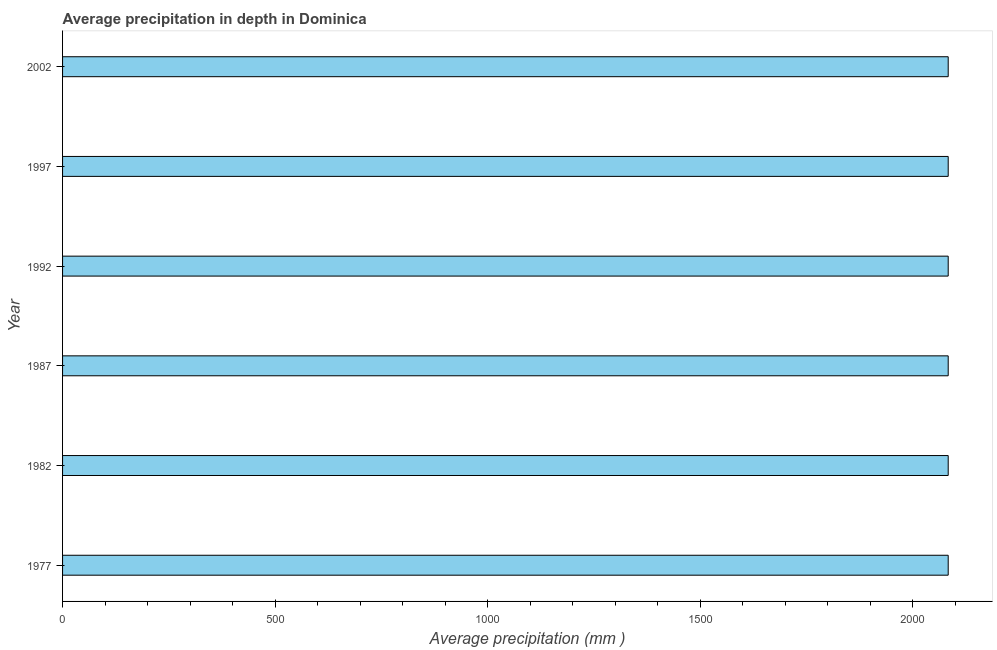
| Year | Average precipitation in depth |
 | --- | --- |
 | 1977 | 2.08e+03 |
 | 1982 | 2.08e+03 |
 | 1987 | 2.08e+03 |
 | 1992 | 2.08e+03 |
 | 1997 | 2.08e+03 |
 | 2002 | 2.08e+03 |